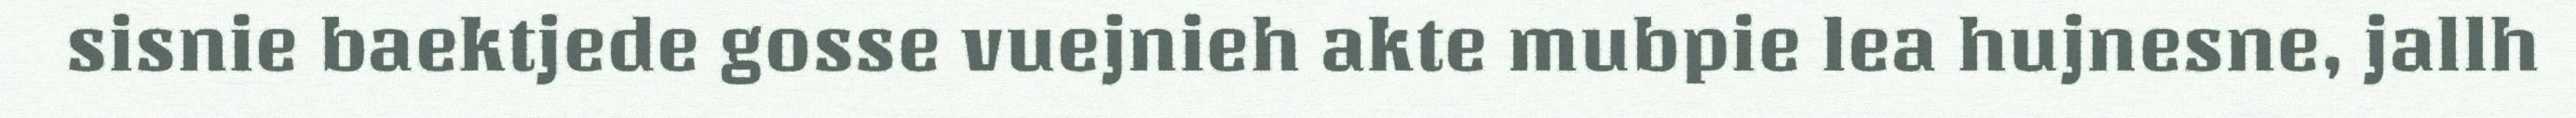
sisnie baektjede gosse vuejnieh akte mubpie lea hujnesne, jallh